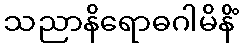
သညာနိရောဓဂါမိနိံ